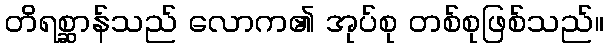
တိရစ္ဆာန်သည် လောက၏ အုပ်စု တစ်စုဖြစ်သည်။